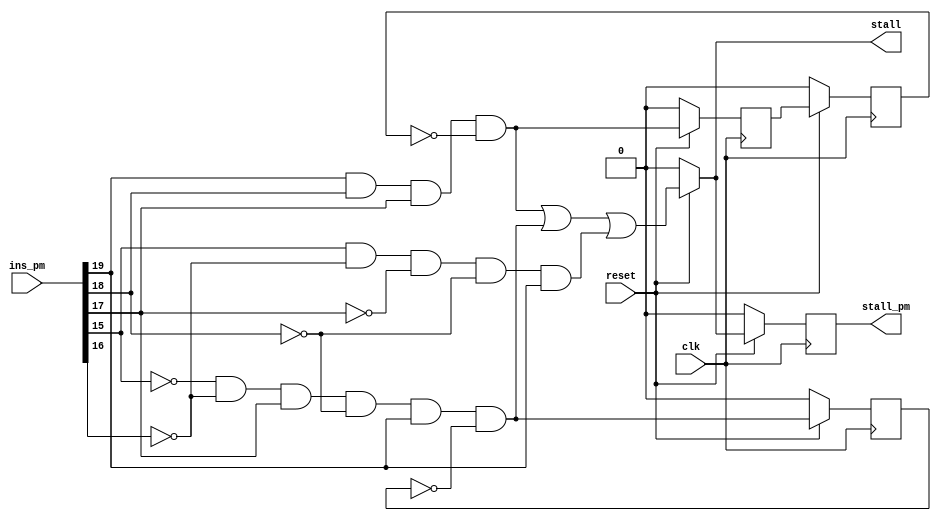
module Stall_control_Block(ins_pm,clk,reset,stall,stall_pm);

input[19:0] ins_pm;			//inputs to stall control block
input clk,reset;

output stall,stall_pm;		//outputs of stall control block
reg stall_pm;

wire temp1,temp2,temp3,temp4,temp5;		//thse are temporary wires
wire hlt,ld,jump;
reg Q_temp1,Q_temp2,Q_temp3;

assign temp1 = ins_pm[15];					//temporary variables storing bits of ins_pm
assign temp2 = ins_pm[16];
assign temp3 = ins_pm[17];
assign temp4 = ins_pm[18];
assign temp5 = ins_pm[19];

wire temp_Q_temp1,temp_Q_temp2,temp_Q_temp3,temp_stall_pm;
assign temp_Q_temp1=(reset==1'b0)?1'b0:ld;
assign temp_Q_temp2=(reset==1'b0)?1'b0:jump;
assign temp_Q_temp3=(reset==1'b0)?1'b0:Q_temp2;
assign temp_stall_pm=(reset==1'b0)?1'b0:stall;

always@(posedge clk)						//D-Flipflop for load type instruction creating a delay of one  cycle
begin
		Q_temp1<=temp_Q_temp1;
	Q_temp2<=temp_Q_temp2;	
	Q_temp3<=temp_Q_temp3;
	stall_pm<=temp_stall_pm;
end

/*always@(posedge clk)						//for jump instruction creating a delay of two cylces
begin
		Q_temp2<=temp_Q_temp2;
	end

always@(posedge clk)
begin
		Q_temp3<=temp_Q_temp3;
	end

always@(posedge clk)							//flip flop for stall_pm
begin
		stall_pm<=temp_stall_pm;
	end
*/

assign jump= (temp5&temp4&temp3&(~Q_temp3)); 		//all the and gates
assign ld= ((~temp1)&(~temp2)&temp3&(~temp4)&temp5&(~Q_temp1));
assign hlt= ((temp1)&(~temp2)&(~temp3)&(~temp4)&temp5);

assign stall=(reset == 1'b0)? 1'b0 : (jump|ld|hlt);

endmodule